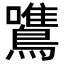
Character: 鷕